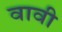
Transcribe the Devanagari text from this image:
वावी